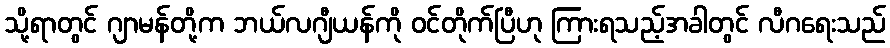
သို့ရာတွင် ဂျာမန်တို့က ဘယ်လဂျီယန်ကို ဝင်တိုက်ပြီဟု ကြားရသည့်အခါတွင် လီဂရေးသည်